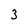
Character: 3